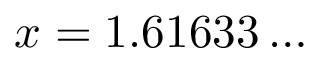
x = 1 . 6 1 6 3 3 \dots